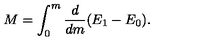
M = \int _ { 0 } ^ { m } { \frac { d } { d m } } ( E _ { 1 } - E _ { 0 } ) .